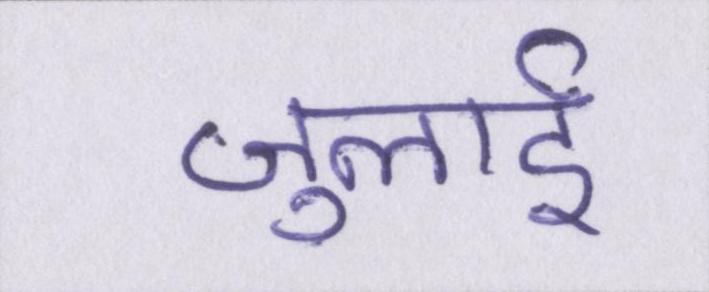
जुलाई